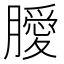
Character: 𭩊